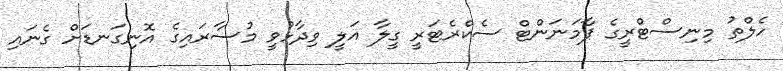
ހެލްތު މިނިސްޓްރީގެ ޕާމަނަންޓް ސެކްރެޓަރީ ގީލާ އަލީ ވިދާޅުވީ މުސާރައިގެ އޮނިގަނޑަށް ގެނައި